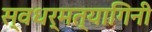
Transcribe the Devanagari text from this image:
स्वधर्मत्यागिनी